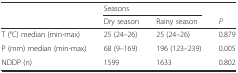
<table><thead><tr><td></td><td colspan="2"><b>Seasons</b></td><td></td></tr><tr><td></td><td><b>Dry season</b></td><td><b>Rainy season</b></td><td><b><i>P</i></b></td></tr></thead><tbody><tr><td>T (°C) median (min-max)</td><td>25 (24–26)</td><td>25 (24–26)</td><td>0.879</td></tr><tr><td>P (mm) median (min-max)</td><td>68 (9–169)</td><td>196 (123–239)</td><td>0.005</td></tr><tr><td>NDDP (n)</td><td>1599</td><td>1633</td><td>0.802</td></tr></tbody></table>